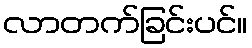
လာတက်ခြင်းပင်။